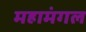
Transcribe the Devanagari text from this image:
महामंगल